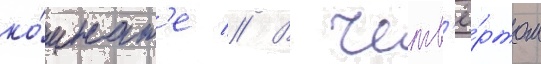
ко́мнат'е // В четв'ё́ртом